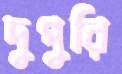
দুপুরি